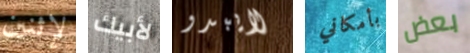
لإثنين لأبيك لايبدو بأمكاني بعض